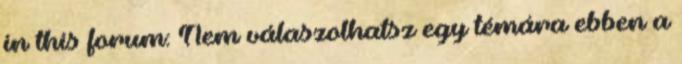
in this forum: Nem válaszolhatsz egy témára ebben a